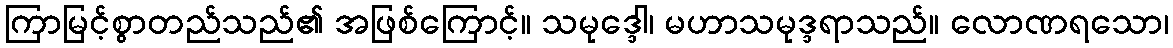
ကြာမြင့်စွာတည်သည်၏ အဖြစ်ကြောင့်။ သမုဒ္ဒေါ၊ မဟာသမုဒ္ဒရာသည်။ လောဏရသော၊